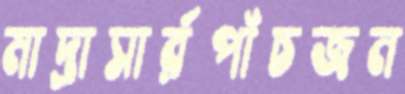
মাদ্রাসার্রপাঁচজন